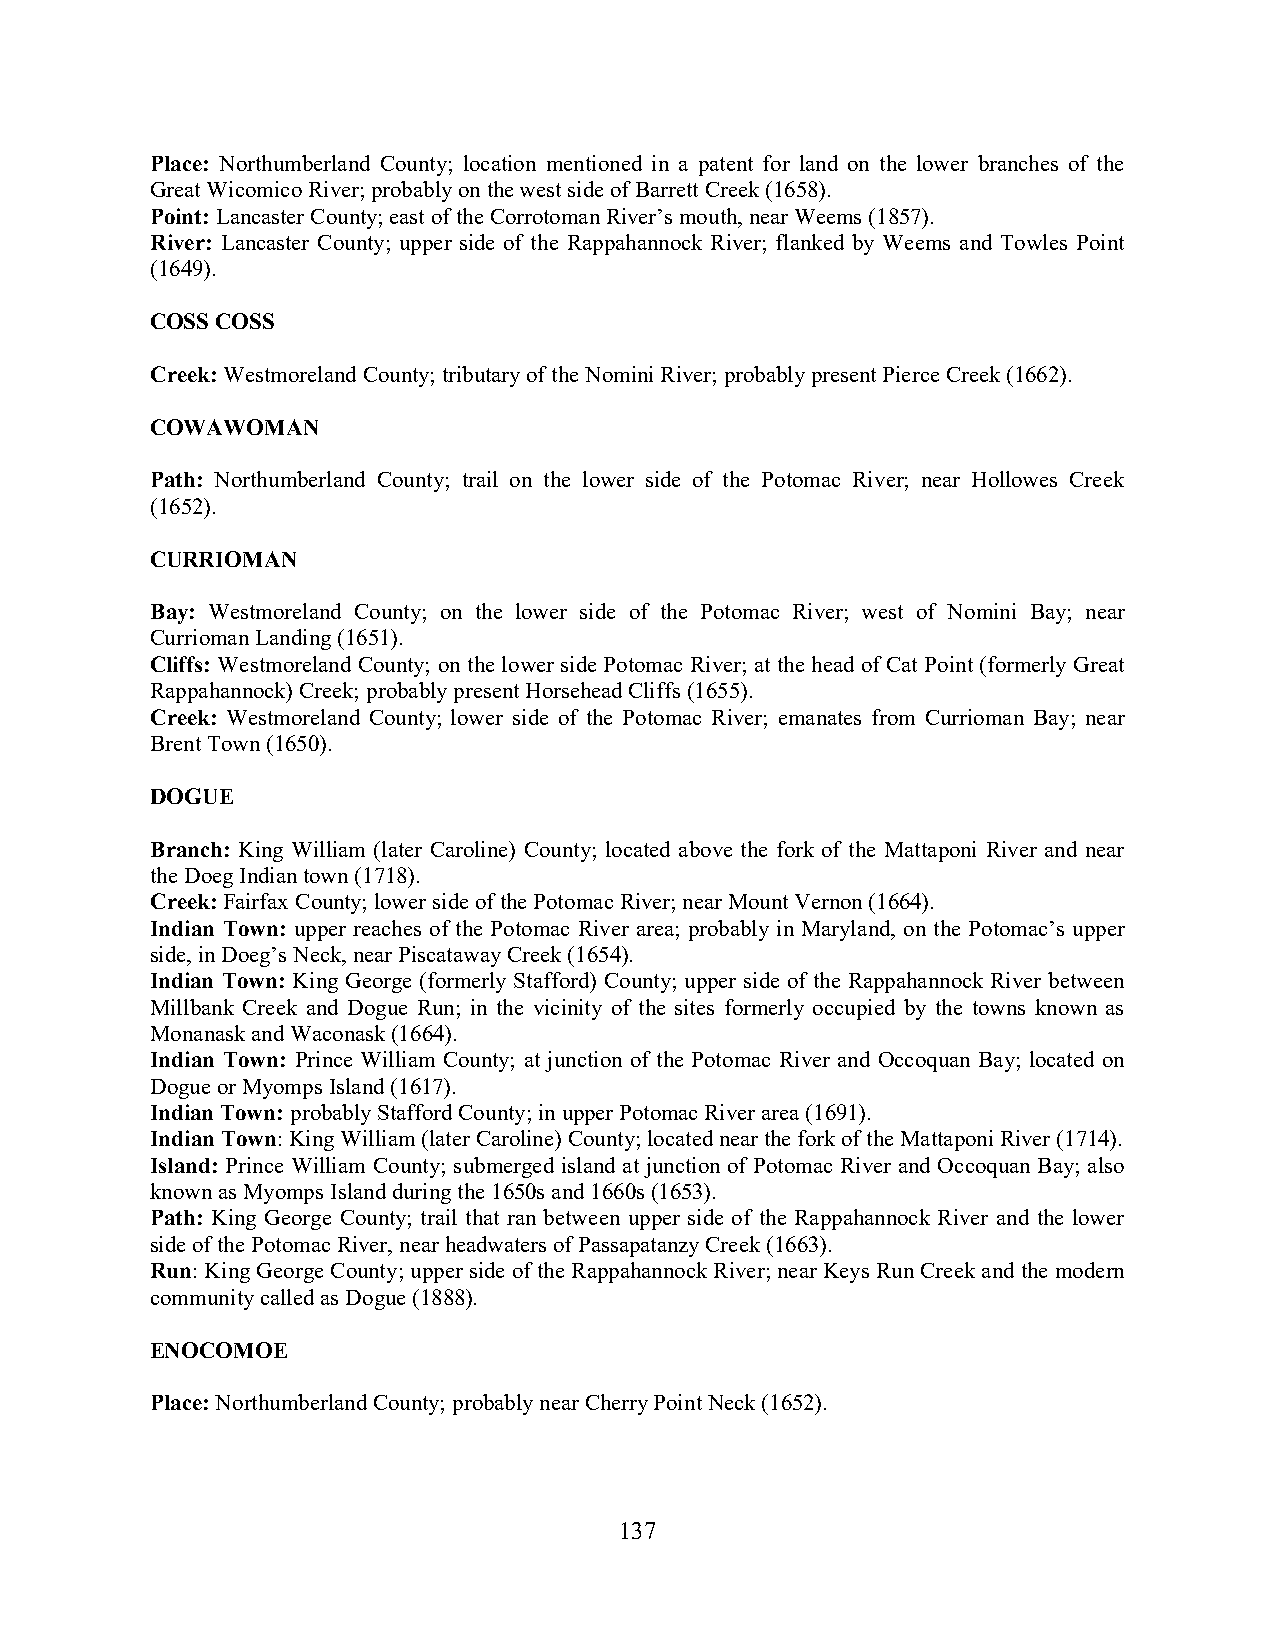
Place: Northumberland County; location mentioned in a patent for land on the lower branches of the
 Great Wicomico River; probably on the west side of Barrett Creek (1658).
 Point: Lancaster County; east of the Corrotoman River’s mouth, near Weems (1857).
 River: Lancaster County; upper side of the Rappahannock River; flanked by Weems and Towles Point
 (1649).
 COSS COSS
 Creek: Westmoreland County; tributary of the Nomini River; probably present Pierce Creek (1662).
 COWAWOMAN
 Path: Northumberland County; trail on the lower side of the Potomac River; near Hollowes Creek
 (1652).
 CURRIOMAN
 Bay: Westmoreland County; on the lower side of the Potomac River; west of Nomini Bay; near
 Currioman Landing (1651).
 Cliffs: Westmoreland County; on the lower side Potomac River; at the head of Cat Point (formerly Great
 Rappahannock) Creek; probably present Horsehead Cliffs (1655).
 Creek: Westmoreland County; lower side of the Potomac River; emanates from Currioman Bay; near
 Brent Town (1650).
 DOGUE
 Branch: King William (later Caroline) County; located above the fork of the Mattaponi River and near
 the Doeg Indian town (1718).
 Creek: Fairfax County; lower side of the Potomac River; near Mount Vernon (1664).
 Indian Town: upper reaches of the Potomac River area; probably in Maryland, on the Potomac’s upper
 side, in Doeg’s Neck, near Piscataway Creek (1654).
 Indian Town: King George (formerly Stafford) County; upper side of the Rappahannock River between
 Millbank Creek and Dogue Run; in the vicinity of the sites formerly occupied by the towns known as
 Monanask and Waconask (1664).
 Indian Town: Prince William County; at junction of the Potomac River and Occoquan Bay; located on
 Dogue or Myomps Island (1617).
 Indian Town: probably Stafford County; in upper Potomac River area (1691).
 Indian Town: King William (later Caroline) County; located near the fork of the Mattaponi River (1714).
 Island: Prince William County; submerged island at junction of Potomac River and Occoquan Bay; also
 known as Myomps Island during the 1650s and 1660s (1653).
 Path: King George County; trail that ran between upper side of the Rappahannock River and the lower
 side of the Potomac River, near headwaters of Passapatanzy Creek (1663).
 Run: King George County; upper side of the Rappahannock River; near Keys Run Creek and the modern
 community called as Dogue (1888).
 ENOCOMOE
 Place: Northumberland County; probably near Cherry Point Neck (1652).
 137